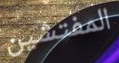
المفتشين